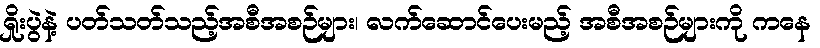
ရှိုးပွဲနဲ့ ပတ်သတ်သည့်အစီအစဉ်များ၊ လက်ဆောင်ပေးမည့် အစီအစဉ်များကို ကနေ